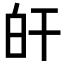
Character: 𤽂